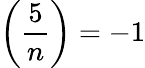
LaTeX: \left({\frac{5}{n}}\right)=-1